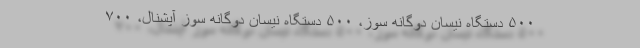
۵۰۰ دستگاه نیسان دوگانه سوز، ۵۰۰ دستگاه نیسان دوگانه سوز آپشنال، ۷۰۰